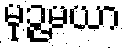
မုဉ္ဇမယာ